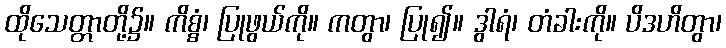
ထိုသေတ္တာတို့၌။ ကိစ္စံ၊ ပြုဖွယ်ကို။ ကတွာ၊ ပြု၍။ ဒွါရံ၊ တံခါးကို။ ပိဒဟိတွာ၊